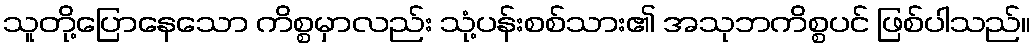
သူတို့ပြောနေသော ကိစ္စမှာလည်း သုံ့ပန်းစစ်သား၏ အသုဘကိစ္စပင် ဖြစ်ပါသည်။